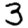
Digit: 3